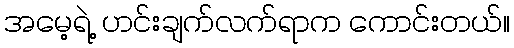
အမေ့ရဲ့ ဟင်းချက်လက်ရာက ကောင်းတယ်။